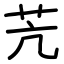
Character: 苀